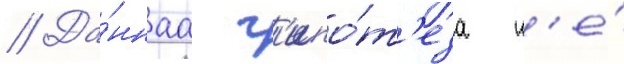
// Да́ннаа г'ипо́т'еза н'е́